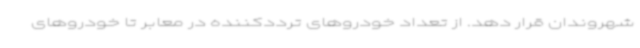
شهروندان قرار دهد. از تعداد خودروهای ترددکننده در معابر تا خودروهای